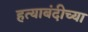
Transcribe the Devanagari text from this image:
हत्याबंदीच्या